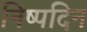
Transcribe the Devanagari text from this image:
निष्पदिन